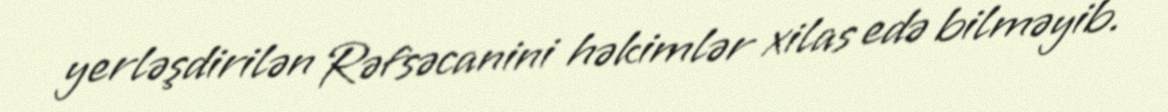
yerləşdirilən Rəfsəcanini həkimlər xilas edə bilməyib.